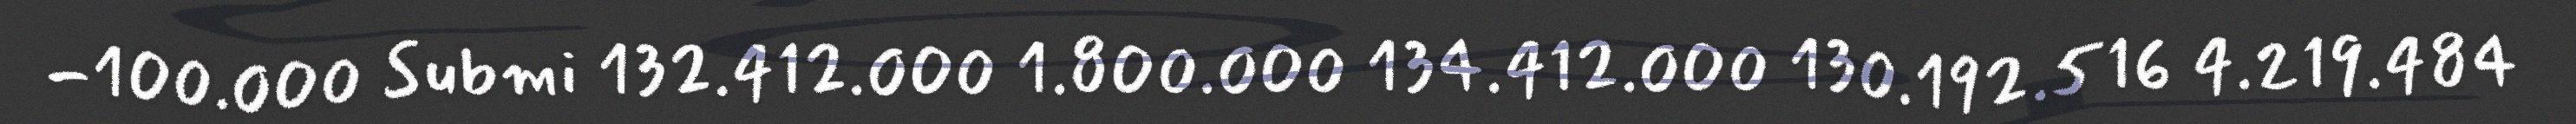
-100.000 Submi 132.412.000 1.800.000 134.412.000 130.192.516 4.219.484